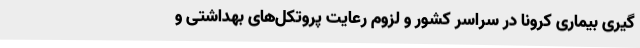
گیری بیماری کرونا در سراسر کشور و لزوم رعایت پروتکل‌های بهداشتی و